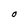
Character: O